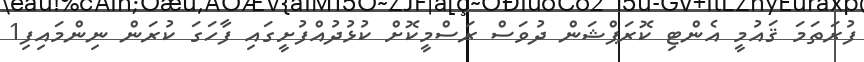
ފުރަތަމަ ޤައުމީ އެންޓި ކޮރަޕްޝަން ދުވަސް ރަސްމީކޮށް ކުޅުދުއްފުށީގައި ފާހަގަ ކުރަން ނިންމައިފި1